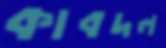
কাবদল